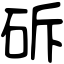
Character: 䂨